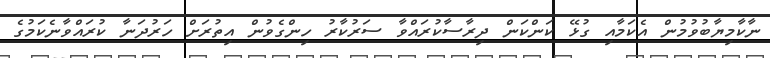
ނާކާމިޔާބުވުމުން އެކަމާއި ގުޅޭ ކަންކަން ދިރާސާކުރައްވާ ސަރުކާރު ހިންގެވުން އިތުރަށް ހަރުދަނާ ކުރައްވާނެކަމުގެ